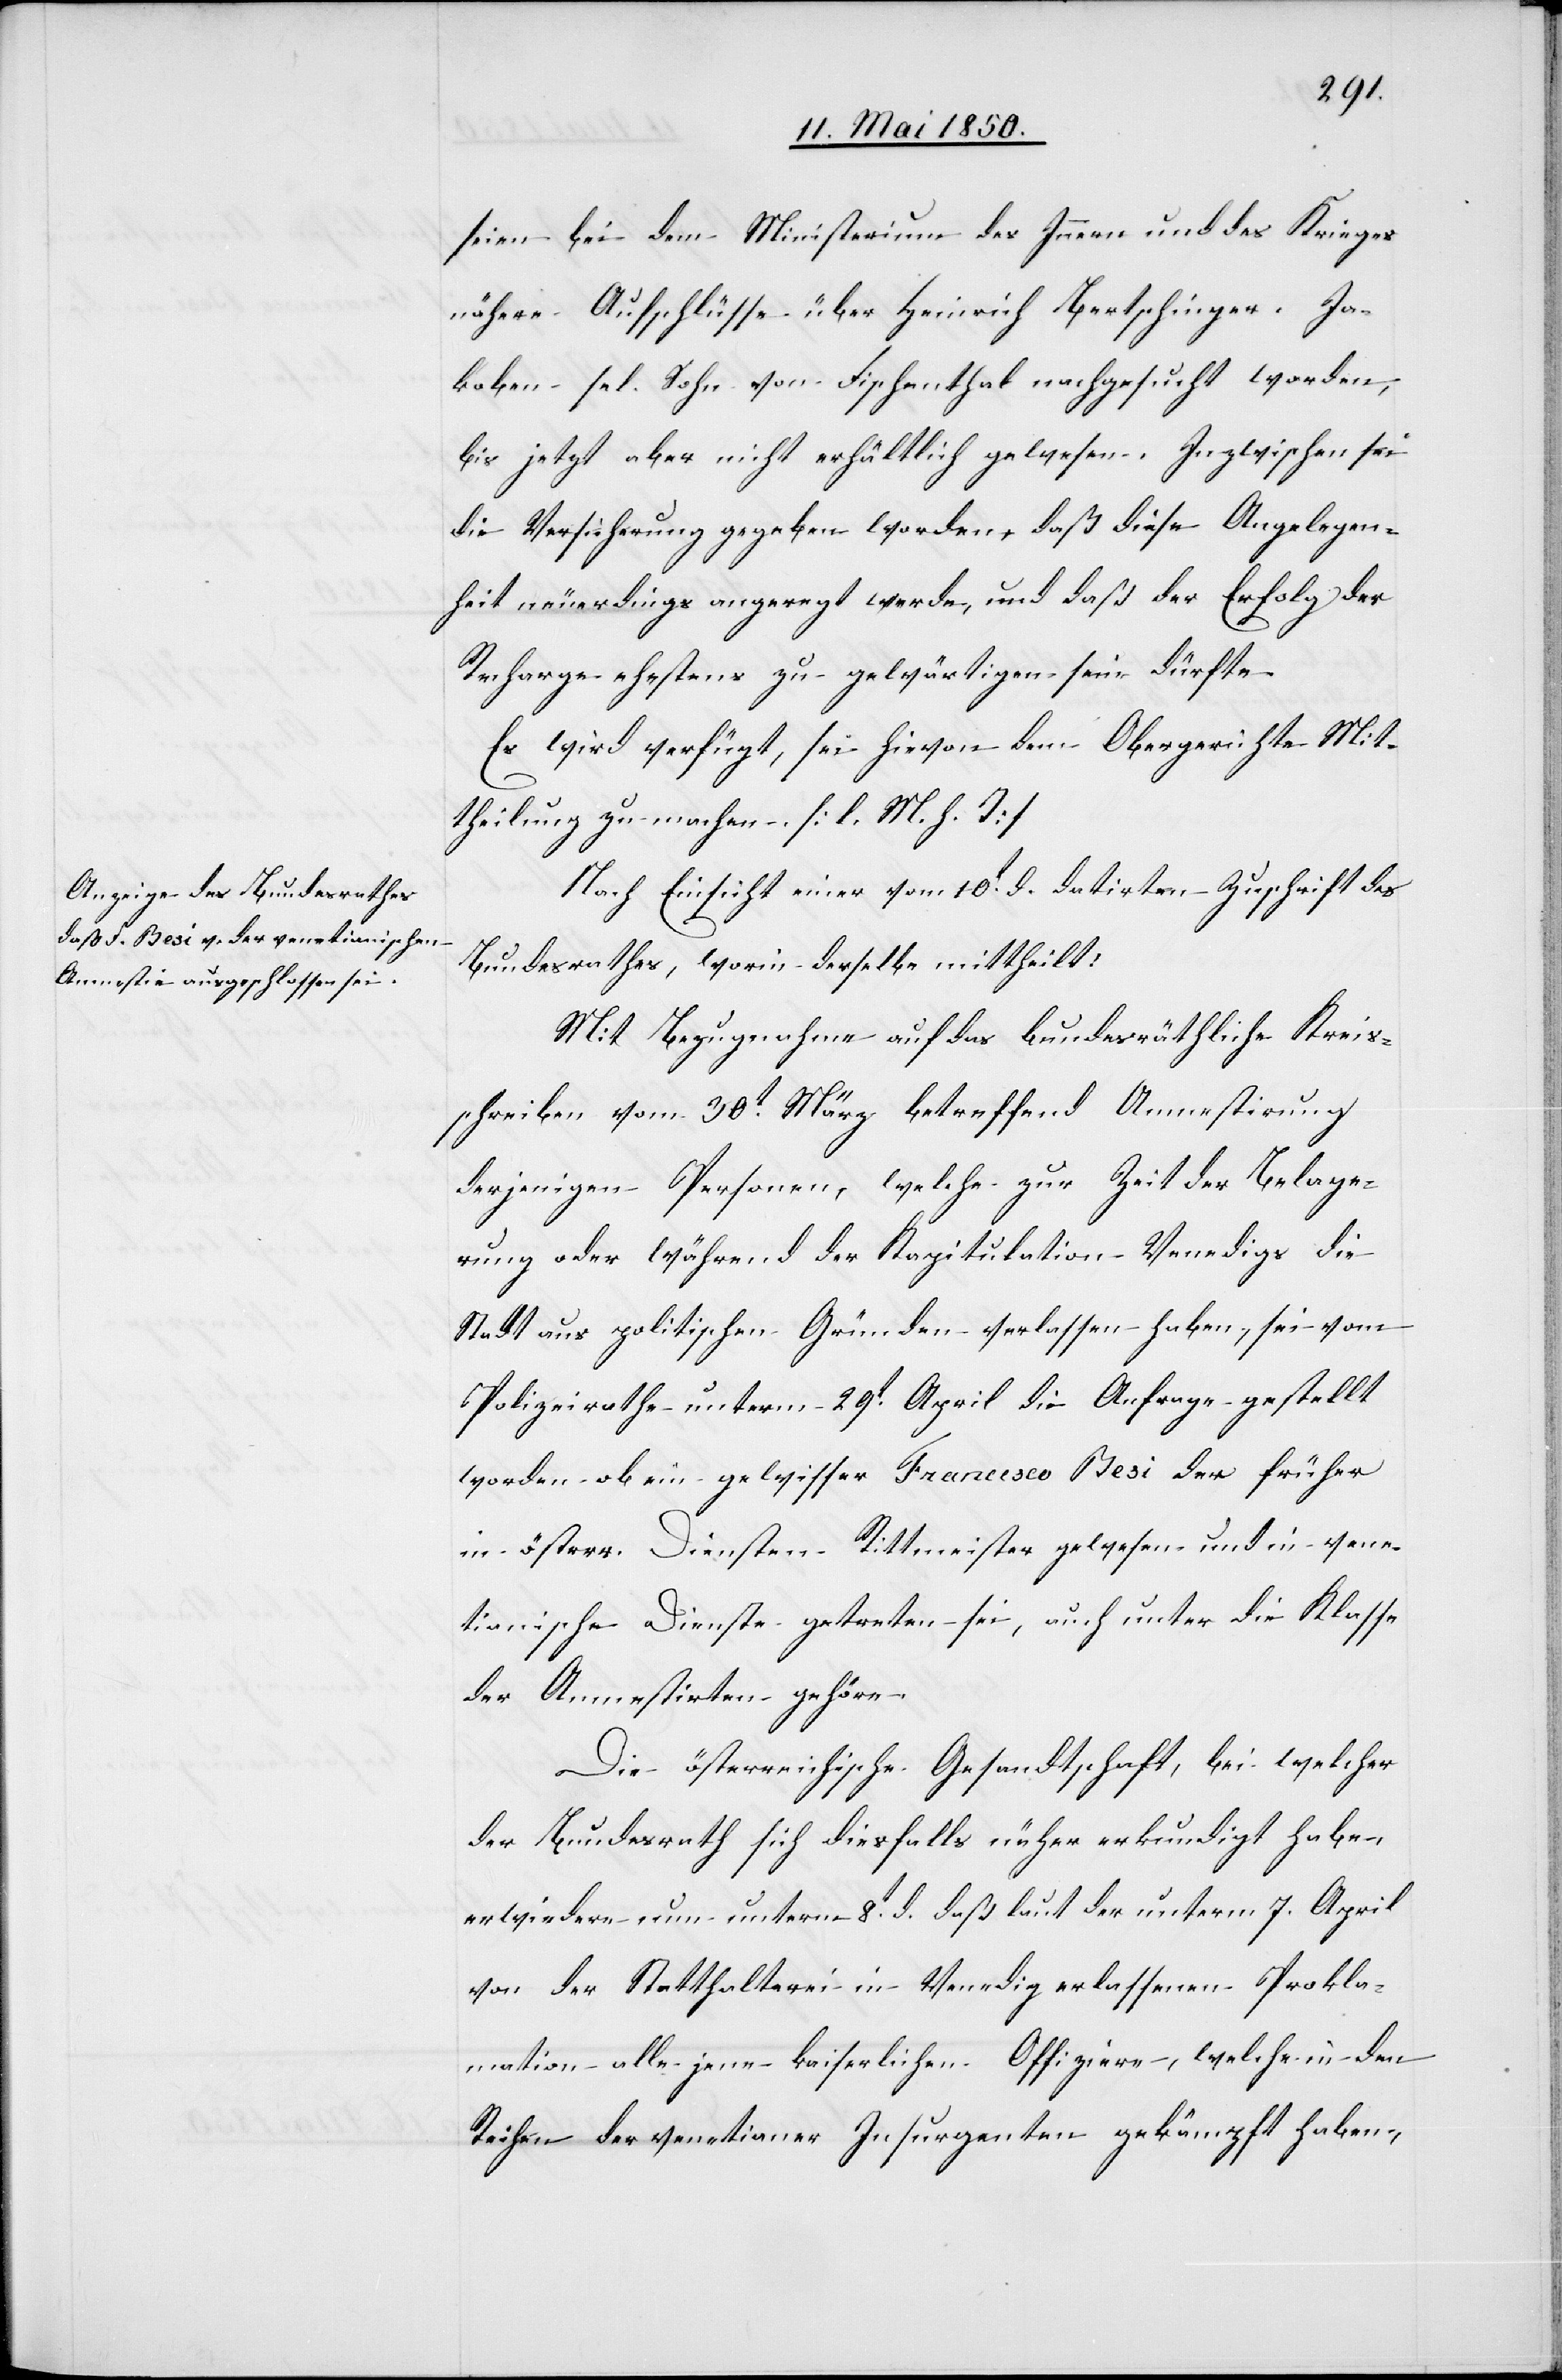
14t Mai 1850.]
seien bei dem Ministerium des Innern und des Krieges
nähere Aufschlüsse über Heinrich Bertschinger. Ja¬
koben sel. Sohn von Fischenthal nachgesucht worden,
bis jetzt aber nicht erhältlich gewesen. Inzwischen sei
die Versicherung gegeben worden, daß diese Angelegen¬
heit neuerdings angeregt werde, und daß der Erfolg der
Recharge ehestens zu gewärtigen sein dürfte.
Es wird verfügt, sei hievon dem Obergerichte Mit¬
theilung zu machen. [l. M. h. T]
Nach Einsicht einer vom 10t d. datirten Zuschrift des
Bundesrathes, worin derselbe mittheilt:
Mit Bezugnahme auf das bundesräthliche Kreis¬
schreiben vom 30t März betreffend Amnestirung
derjenigen Personen, welche zur Zeit der Belage¬
rung oder während der Kapitulation Venedigs die
Stadt aus politischen Gründen verlassen haben, sei vom
Polizeirathe unterm 29t April die Anfrage gestellt
worden ob ein gewisser Francesco Besi der früher
in österr. Diensten Rittmeister gewesen und in vene¬
tianische Dienste getreten sei, auch unter die Klasse
der Amnestirten gehöre.
Die österreichische Gesandtschaft, bei welcher
der Bundesrath sich diesfalls näher erkundigt habe,
erwiedere nun unterm 8t d. daß laut der unterm 7. April
von der Statthalterei in Venedig erlassenen Prokla¬
mation alle jene kaiserlichen Offiziere, welche in den
Reihen der venetianer Insurgenten gekämpft haben,